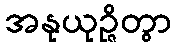
အနုယုဉ္ဇိတွာ